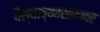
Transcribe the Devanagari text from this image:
वैश्याव्यवसायावर